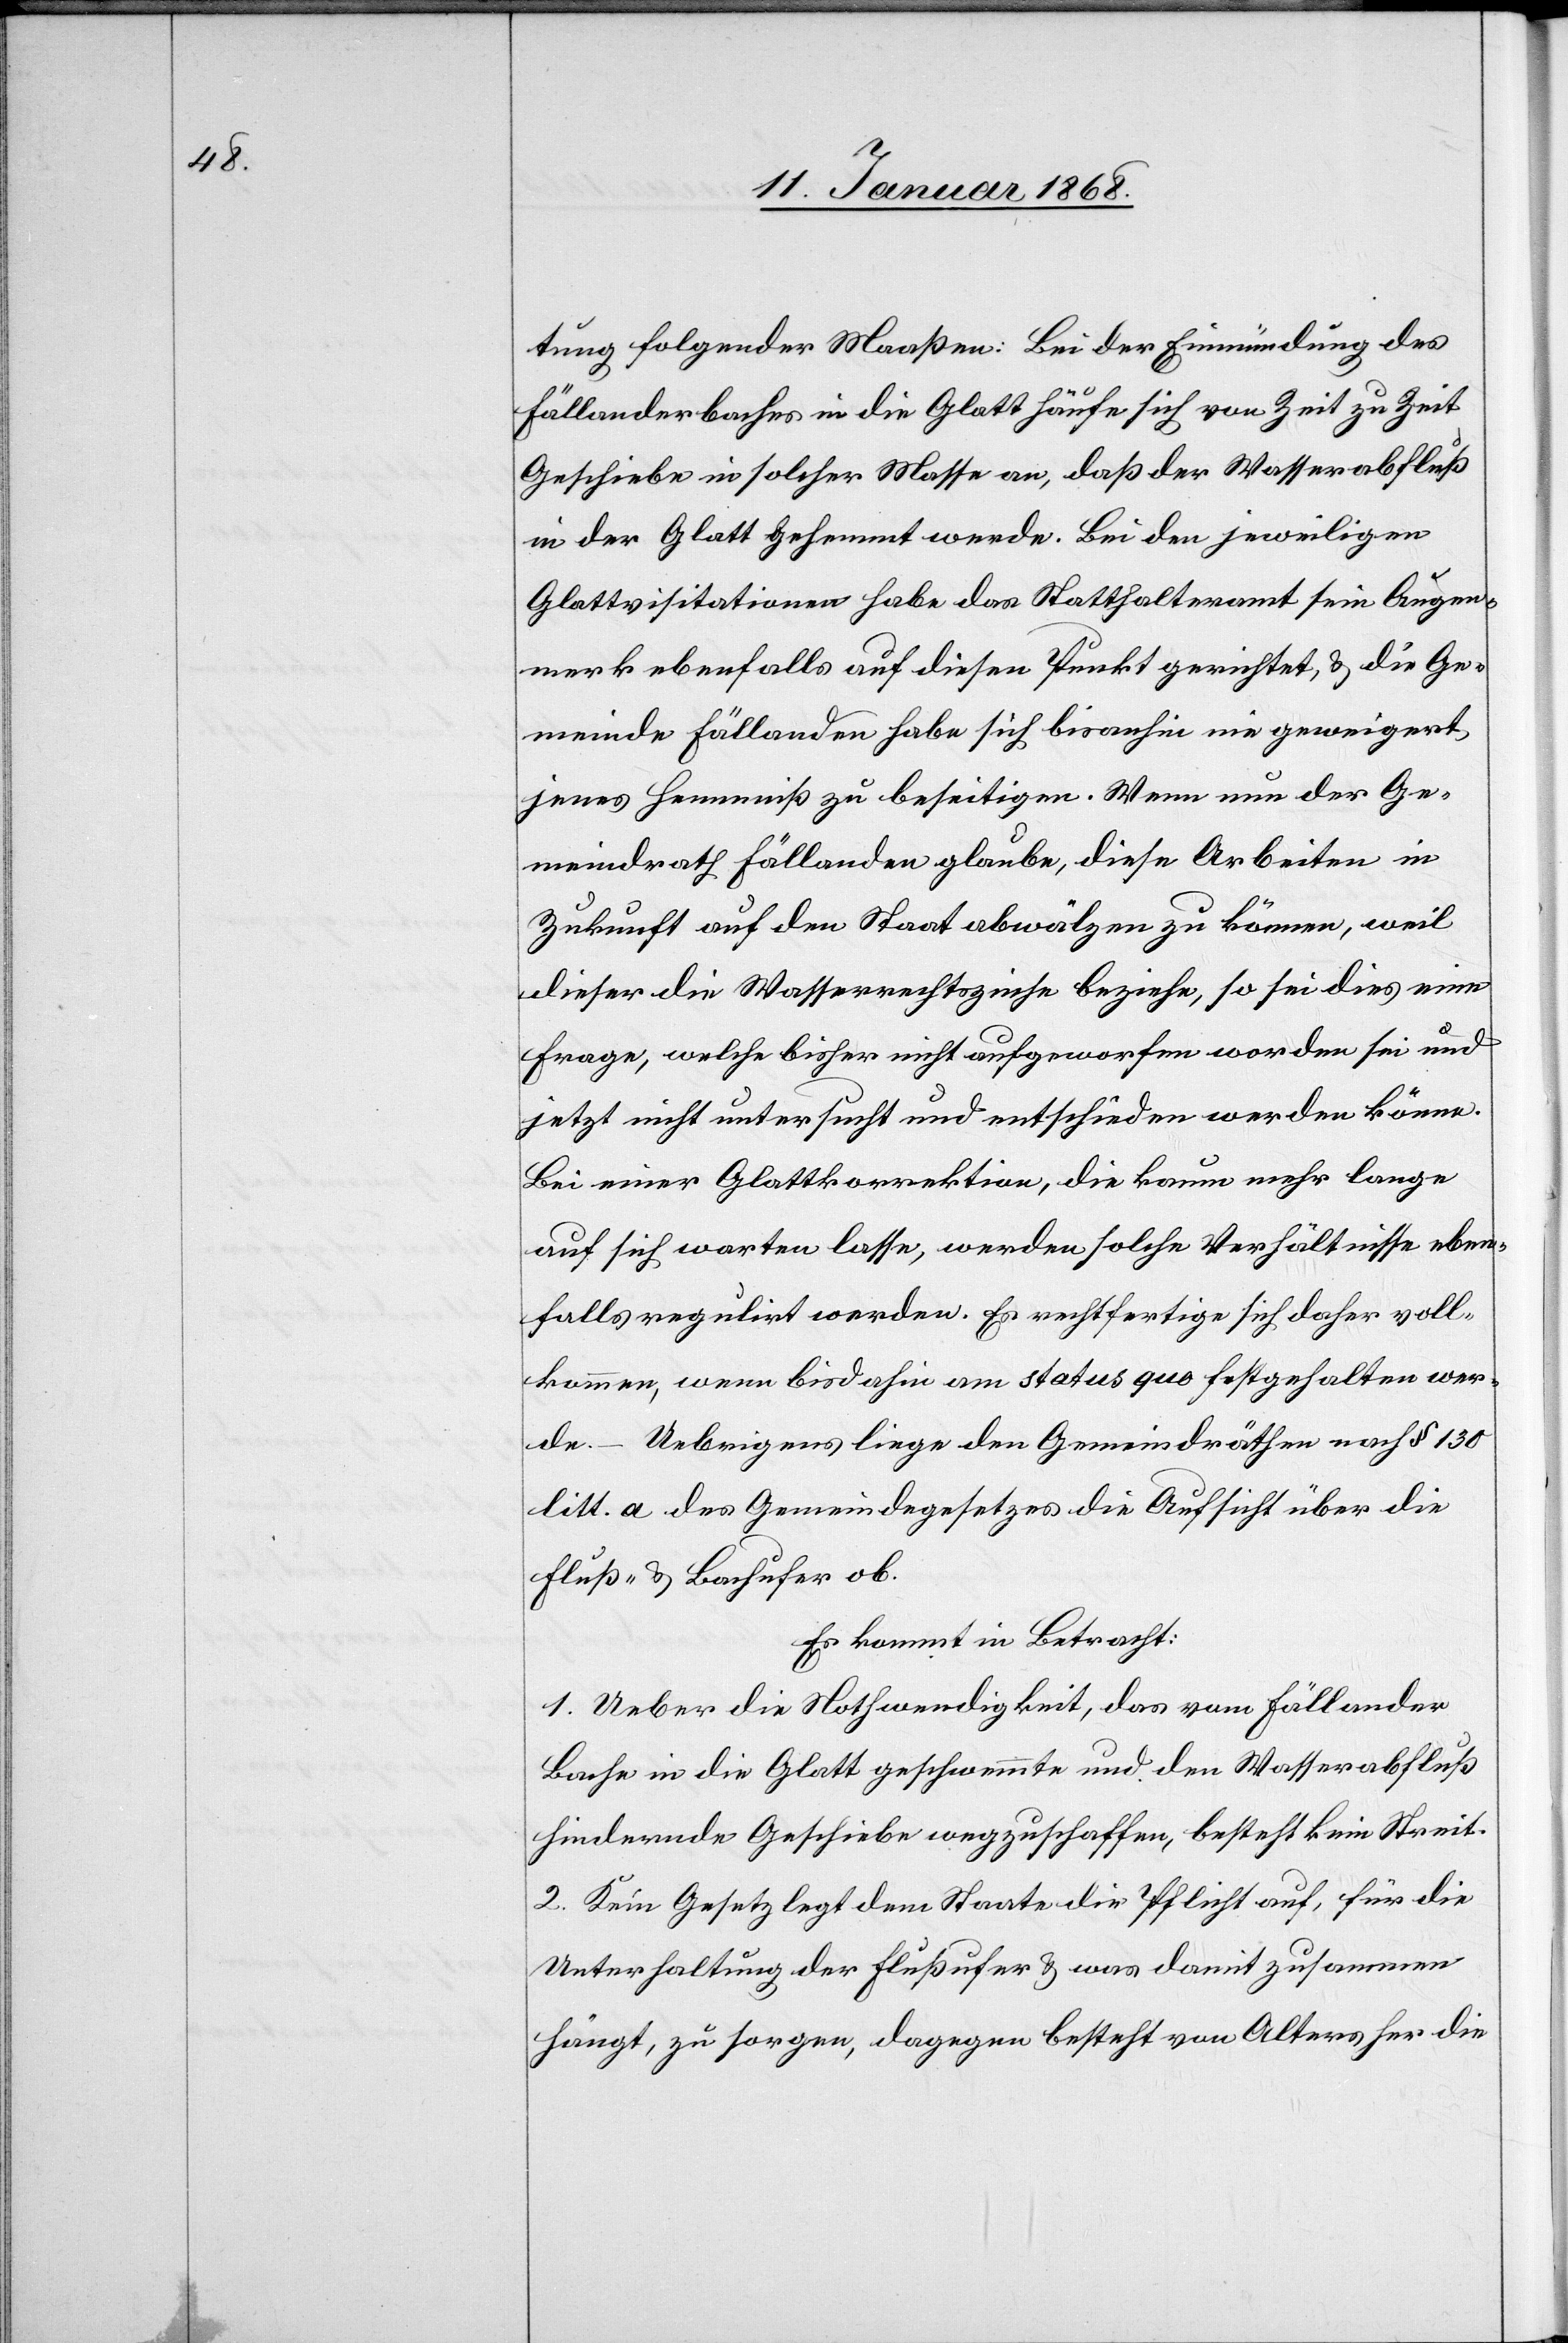
tung folgender Maaßen: Bei der Einmündung des
Fällanderbaches in die Glatt häufe sich von Zeit zu Zeit
Geschiebe in solcher Masse an, daß der Wasserabfluß
in der Glatt gehemmt werde. Bei den jeweiligen
Glattvisitationen habe das Statthalteramt sein Augen¬
merk ebenfalls auf diesen Punkt gerichtet, & die Ge¬
meinde Fällanden habe sich bisanhin nie geweigert
jenes Hemmniß zu beseitigen. Wenn nun der Ge¬
meindrath Fällanden glaube, diese Arbeiten in
Zukunft auf den Staat abwälzen zu können, weil
dieser die Wasserrechtszinse beziehe, so sei dies eine
Frage, welche bisher nicht aufgeworfen worden sei und
jetzt nicht untersucht und entschieden werden könne.
Bei einer Glattkorrektion, die kaum mehr lange
auf sich warten lasse, werden solche Verhältnisse eben¬
falls regulirt werden. Es rechtfertige sich daher voll¬
kommen, wenn bisdahin am status quo festgehalten wer¬
de. – Uebrigens liege den Gemeindräthen nach § 130
litt. a des Gemeindegesetzes die Aufsicht über die
Fluß- & Bachufer ob.
Es kommt in Betracht:
1. Ueber die Nothwendigkeit, das vom Fällander
Bache in die Glatt geschwemmte und den Wasserabfluß
hindernde Geschiebe wegzuschaffen, besteht kein Streit.
2. Kein Gesetz legt dem Staate die Pflicht auf, für die
Unterhaltung der Flußufer & was damit zusammen
hängt, zu sorgen, dagegen besteht von Alters her die